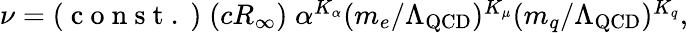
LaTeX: \begin{array}{r}{\nu=(\mathrm{~c~o~n~s~t~.~})\; (cR_{\infty})\; \alpha^{K_{\alpha}}(m_{e}/\Lambda_{\mathrm{QCD}})^{K_{\mu}}(m_{q}/\Lambda_{\mathrm{QCD}})^{K_{q}},}\end{array}